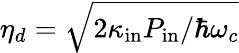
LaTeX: \eta_{d}=\sqrt{2\kappa_{\mathrm{in}}P_{\mathrm{in}}/\hbar\omega_{c}}